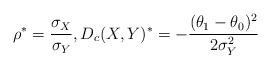
LaTeX: \begin{align*}\rho^*=\frac{\sigma_X}{\sigma_Y}, D_{c}(X,Y)^*=-\frac{(\theta_1-\theta_0)^2}{2 \sigma_Y^2}\end{align*}